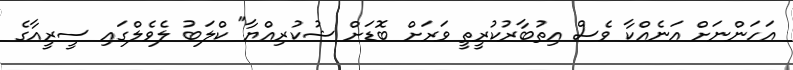
އަހަންނަށް އަނެއްކާ ވެސް އިތުބާރުކުރީތީ ވަރަށް ބޮޑަށް ޝުކުރިއްޔާ" ކްލަބު ލެވެލްގައި ސީރީއާގެ